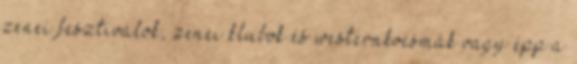
zenei fesztiválok, zenei klubok és westernkocsmák vagy épp a